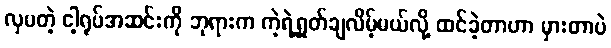
လှပတဲ့ ငါ့ရုပ်အဆင်းကို ဘုရားက ကဲ့ရဲ့ရှုတ်ချလိမ့်မယ်လို့ ထင်ခဲ့တာဟာ မှားတာပဲ